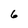
Character: 6